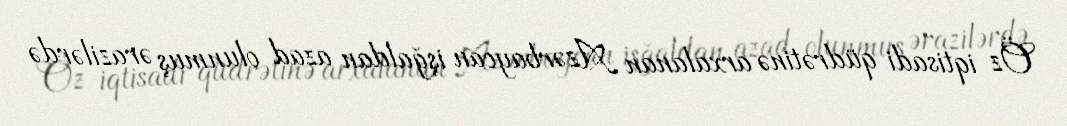
Öz iqtisadi qüdrətinə arxalanan Azərbaycan işğaldan azad olunmuş ərazilərdə